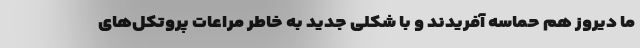
ما دیروز هم حماسه آفریدند و با شکلی جدید به خاطر مراعات پروتکل‌های